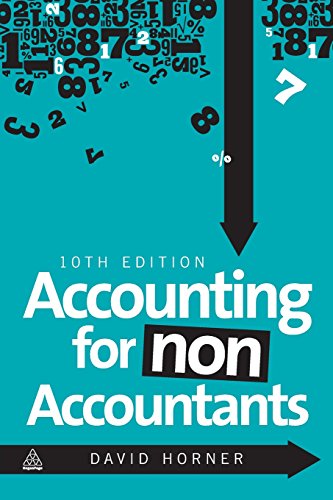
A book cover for Accounting for Non-Accountants; David Horner; Business & Money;